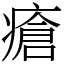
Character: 瘡